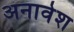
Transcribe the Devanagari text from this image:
अनावेश